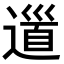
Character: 𨕥